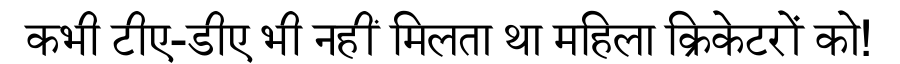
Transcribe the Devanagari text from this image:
कभी टीए-डीए भी नहीं मिलता था महिला क्रिकेटरों को!